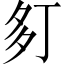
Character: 𫯍